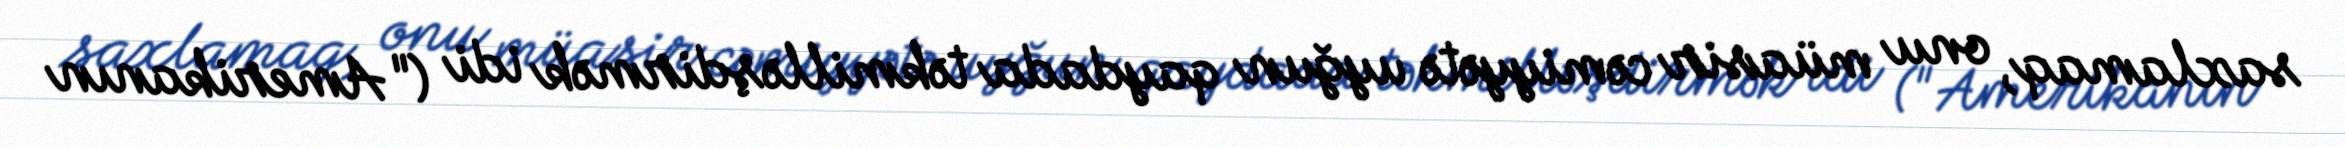
saxlamaq, onu müasir cəmiyyətə uyğun qaydada təkmilləşdirmək idi ("Amerikanın